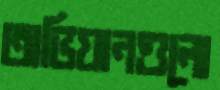
অভিযানগুলো